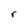
Character: r